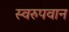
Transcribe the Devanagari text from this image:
स्वरुपवान